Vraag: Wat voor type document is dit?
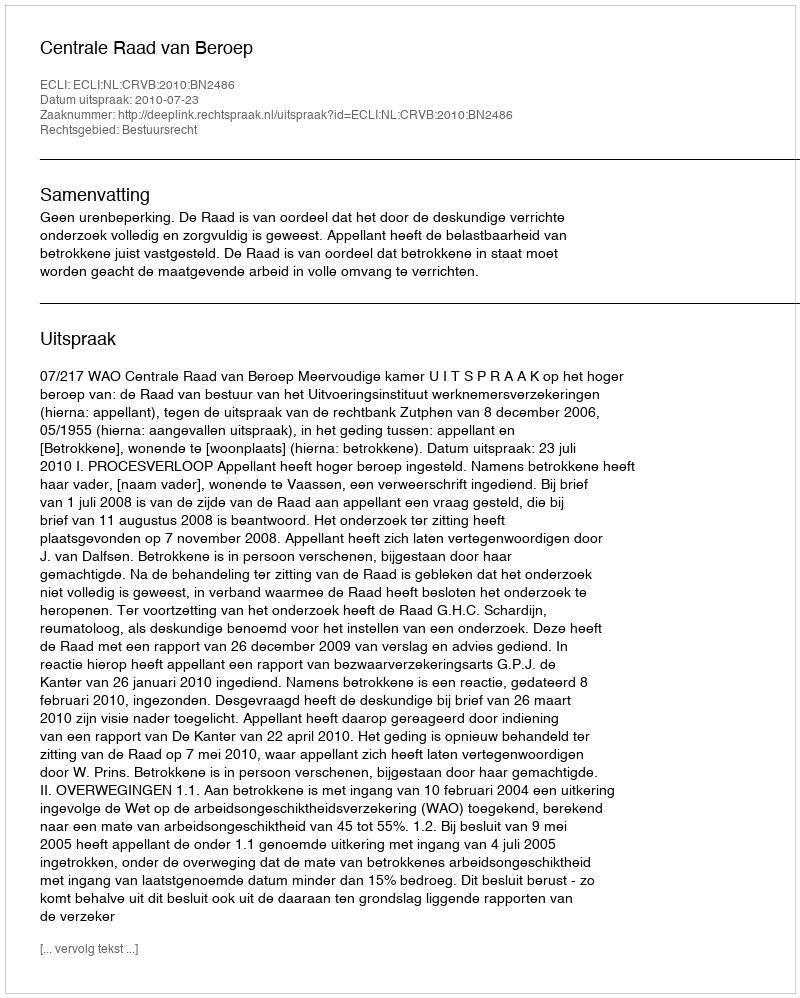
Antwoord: Uitspraak